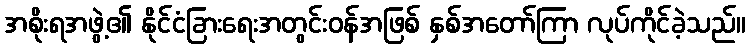
အစိုးရအဖွဲ့၏ နိုင်ငံခြားရေးအတွင်းဝန်အဖြစ် နှစ်အတော်ကြာ လုပ်ကိုင်ခဲ့သည်။